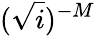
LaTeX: (\sqrt{i})^{-M}